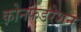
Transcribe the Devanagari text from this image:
कोनफेडरेशन